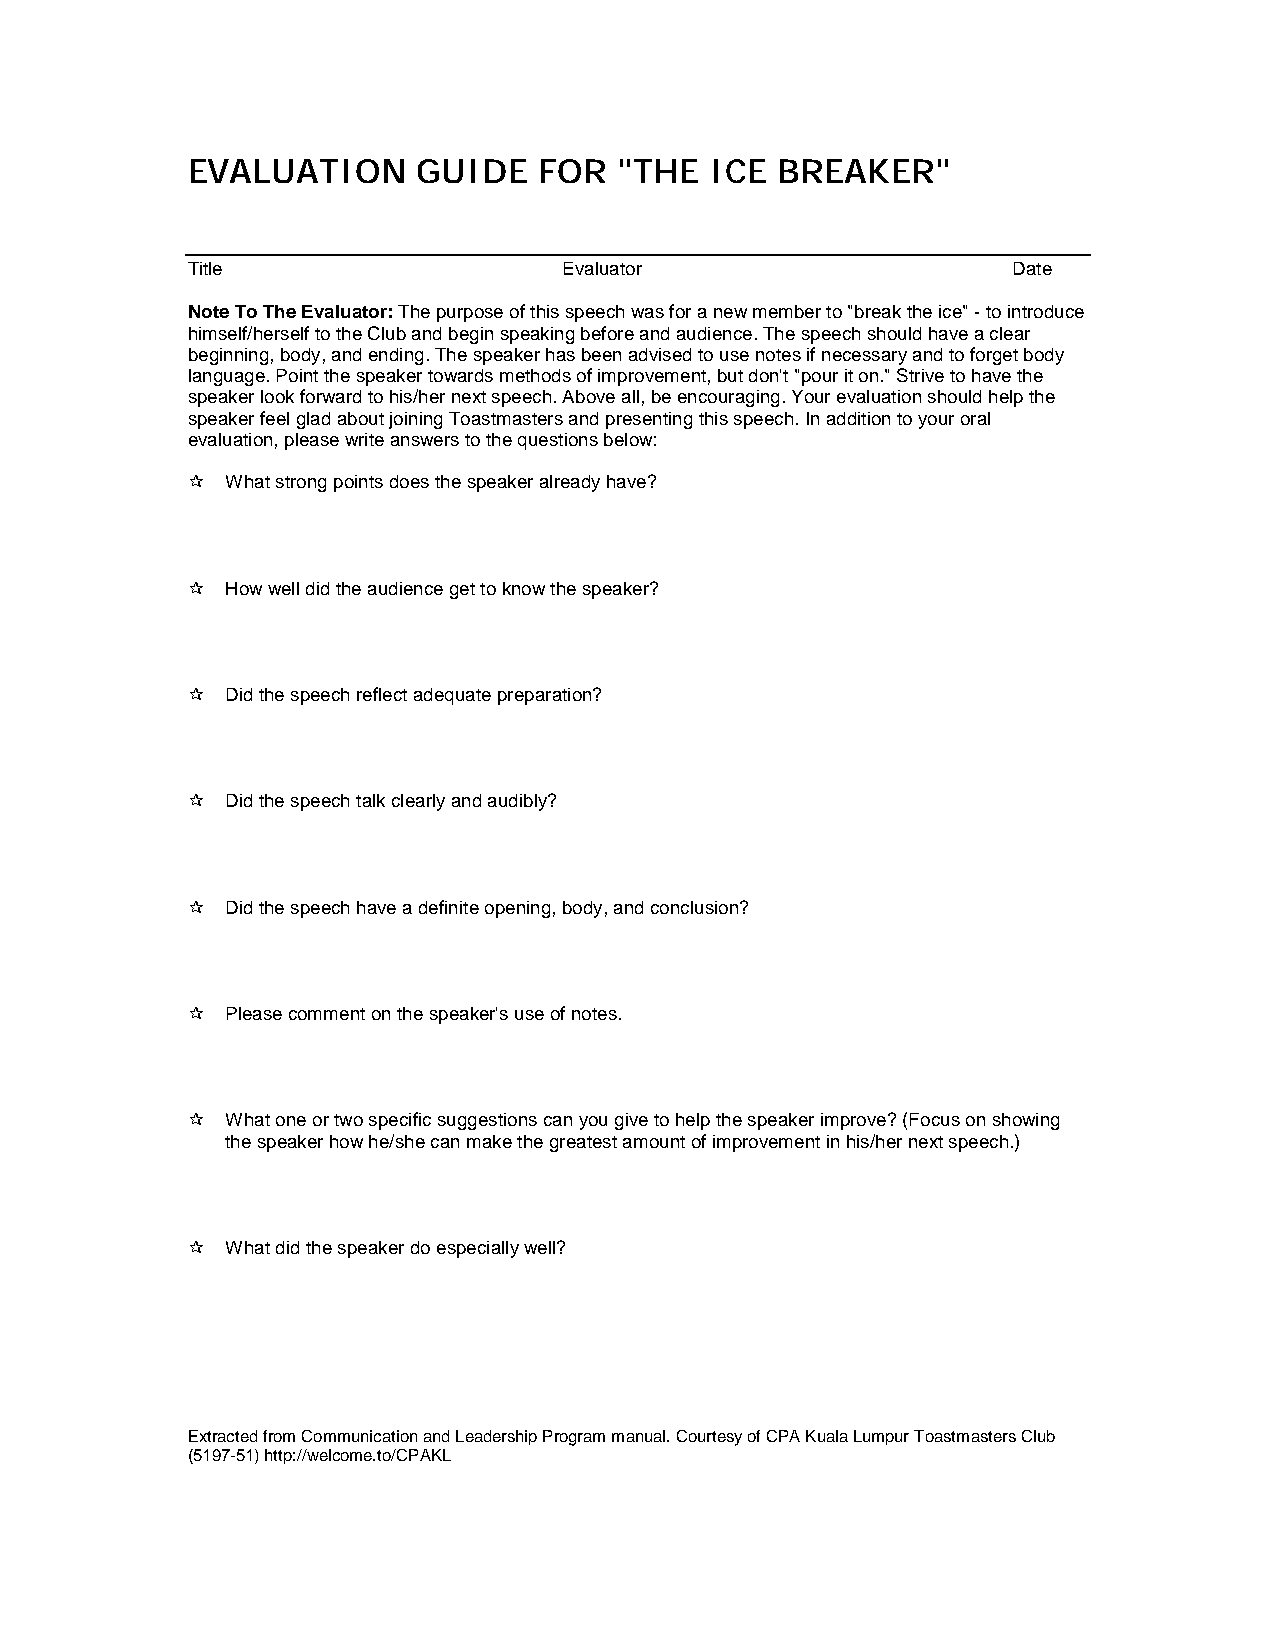
EVALUATION      GUIDE   FOR  "THE  ICE BREAKER"
 Title                    Evaluator                     Date
 Note To The Evaluator: The purpose of this speech was for a new member to "break the ice" - to introduce
 himself/herself to the Club and begin speaking before and audience. The speech should have a clear
 beginning, body, and ending. The speaker has been advised to use notes if necessary and to forget body
 language. Point the speaker towards methods of improvement, but don't "pour it on." Strive to have the
 speaker look forward to his/her next speech. Above all, be encouraging. Your evaluation should help the
 speaker feel glad about joining Toastmasters and presenting this speech. In addition to your oral
 evaluation, please write answers to the questions below:
 !  What strong points does the speaker already have?
 !  How well did the audience get to know the speaker?
 !  Did the speech reflect adequate preparation?
 !  Did the speech talk clearly and audibly?
 !  Did the speech have a definite opening, body, and conclusion?
 !  Please comment on the speaker's use of notes.
 !  What one or two specific suggestions can you give to help the speaker improve? (Focus on showing
 the speaker how he/she can make the greatest amount of improvement in his/her next speech.)
 !  What did the speaker do especially well?
 Extracted from Communication and Leadership Program manual. Courtesy of CPA Kuala Lumpur Toastmasters Club
 (5197-51) http://welcome.to/CPAKL